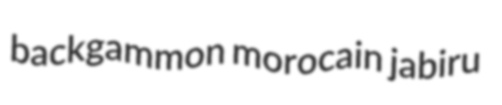
backgammon morocain jabiru